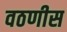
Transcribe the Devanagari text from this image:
वठणीस